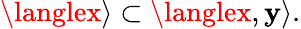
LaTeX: \langlex\rangle\subset\langlex,\mathbf{y}\rangle.